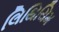
લિથિયિમ